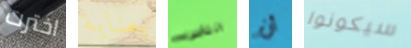
اخترت بعناية الناس أن سيكونوا